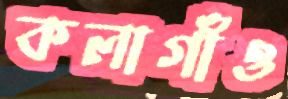
কলাগাঁও